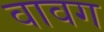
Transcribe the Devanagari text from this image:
वावग